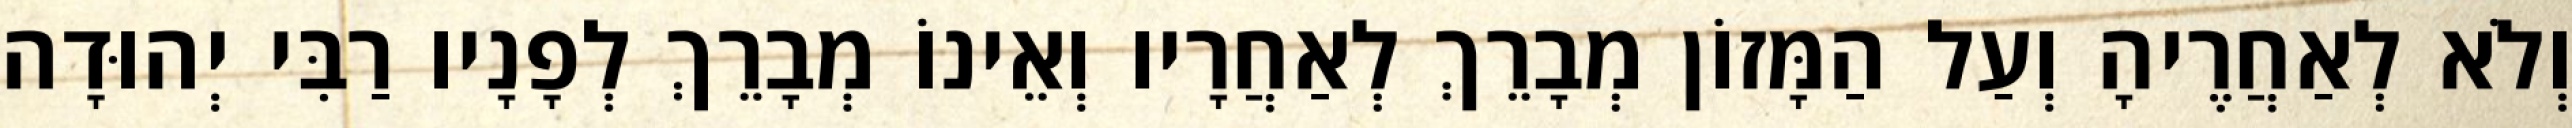
וְלֹא לְאַחֲרֶיהָ וְעַל הַמָּזוֹן מְבָרֵךְ לְאַחֲרָיו וְאֵינוֹ מְבָרֵךְ לְפָנָיו רַבִּי יְהוּדָה